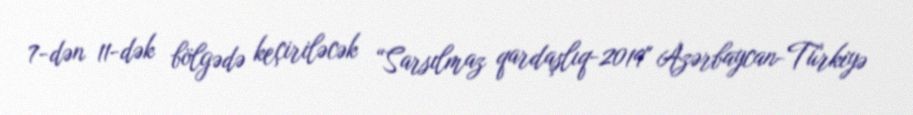
7-dən 11-dək bölgədə keçiriləcək “Sarsılmaz qardaşlıq-2019" Azərbaycan-Türkiyə